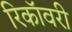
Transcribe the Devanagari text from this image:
रिकॉवरी